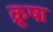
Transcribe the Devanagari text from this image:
क्रूषा